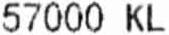
57000 KL